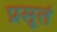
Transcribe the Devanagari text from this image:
प्रसूतं